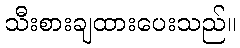
သီးစားချထားပေးသည်။